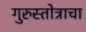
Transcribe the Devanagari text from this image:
गुरुस्तोत्राचा